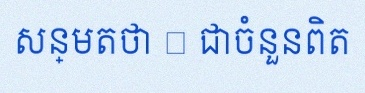
សន្មតថា x ជាចំនួនពិត